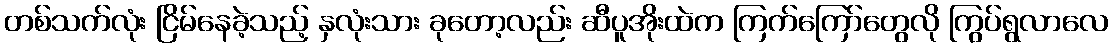
တစ်သက်လုံး ငြိမ်နေခဲ့သည့် နှလုံးသား ခုတော့လည်း ဆီပူအိုးထဲက ကြက်ကြော်တွေလို ကြွပ်ရွလာလေ